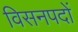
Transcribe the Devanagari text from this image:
विसनपदों